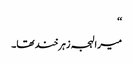
‘‘
میرا لہجہ زہرخند تھا۔